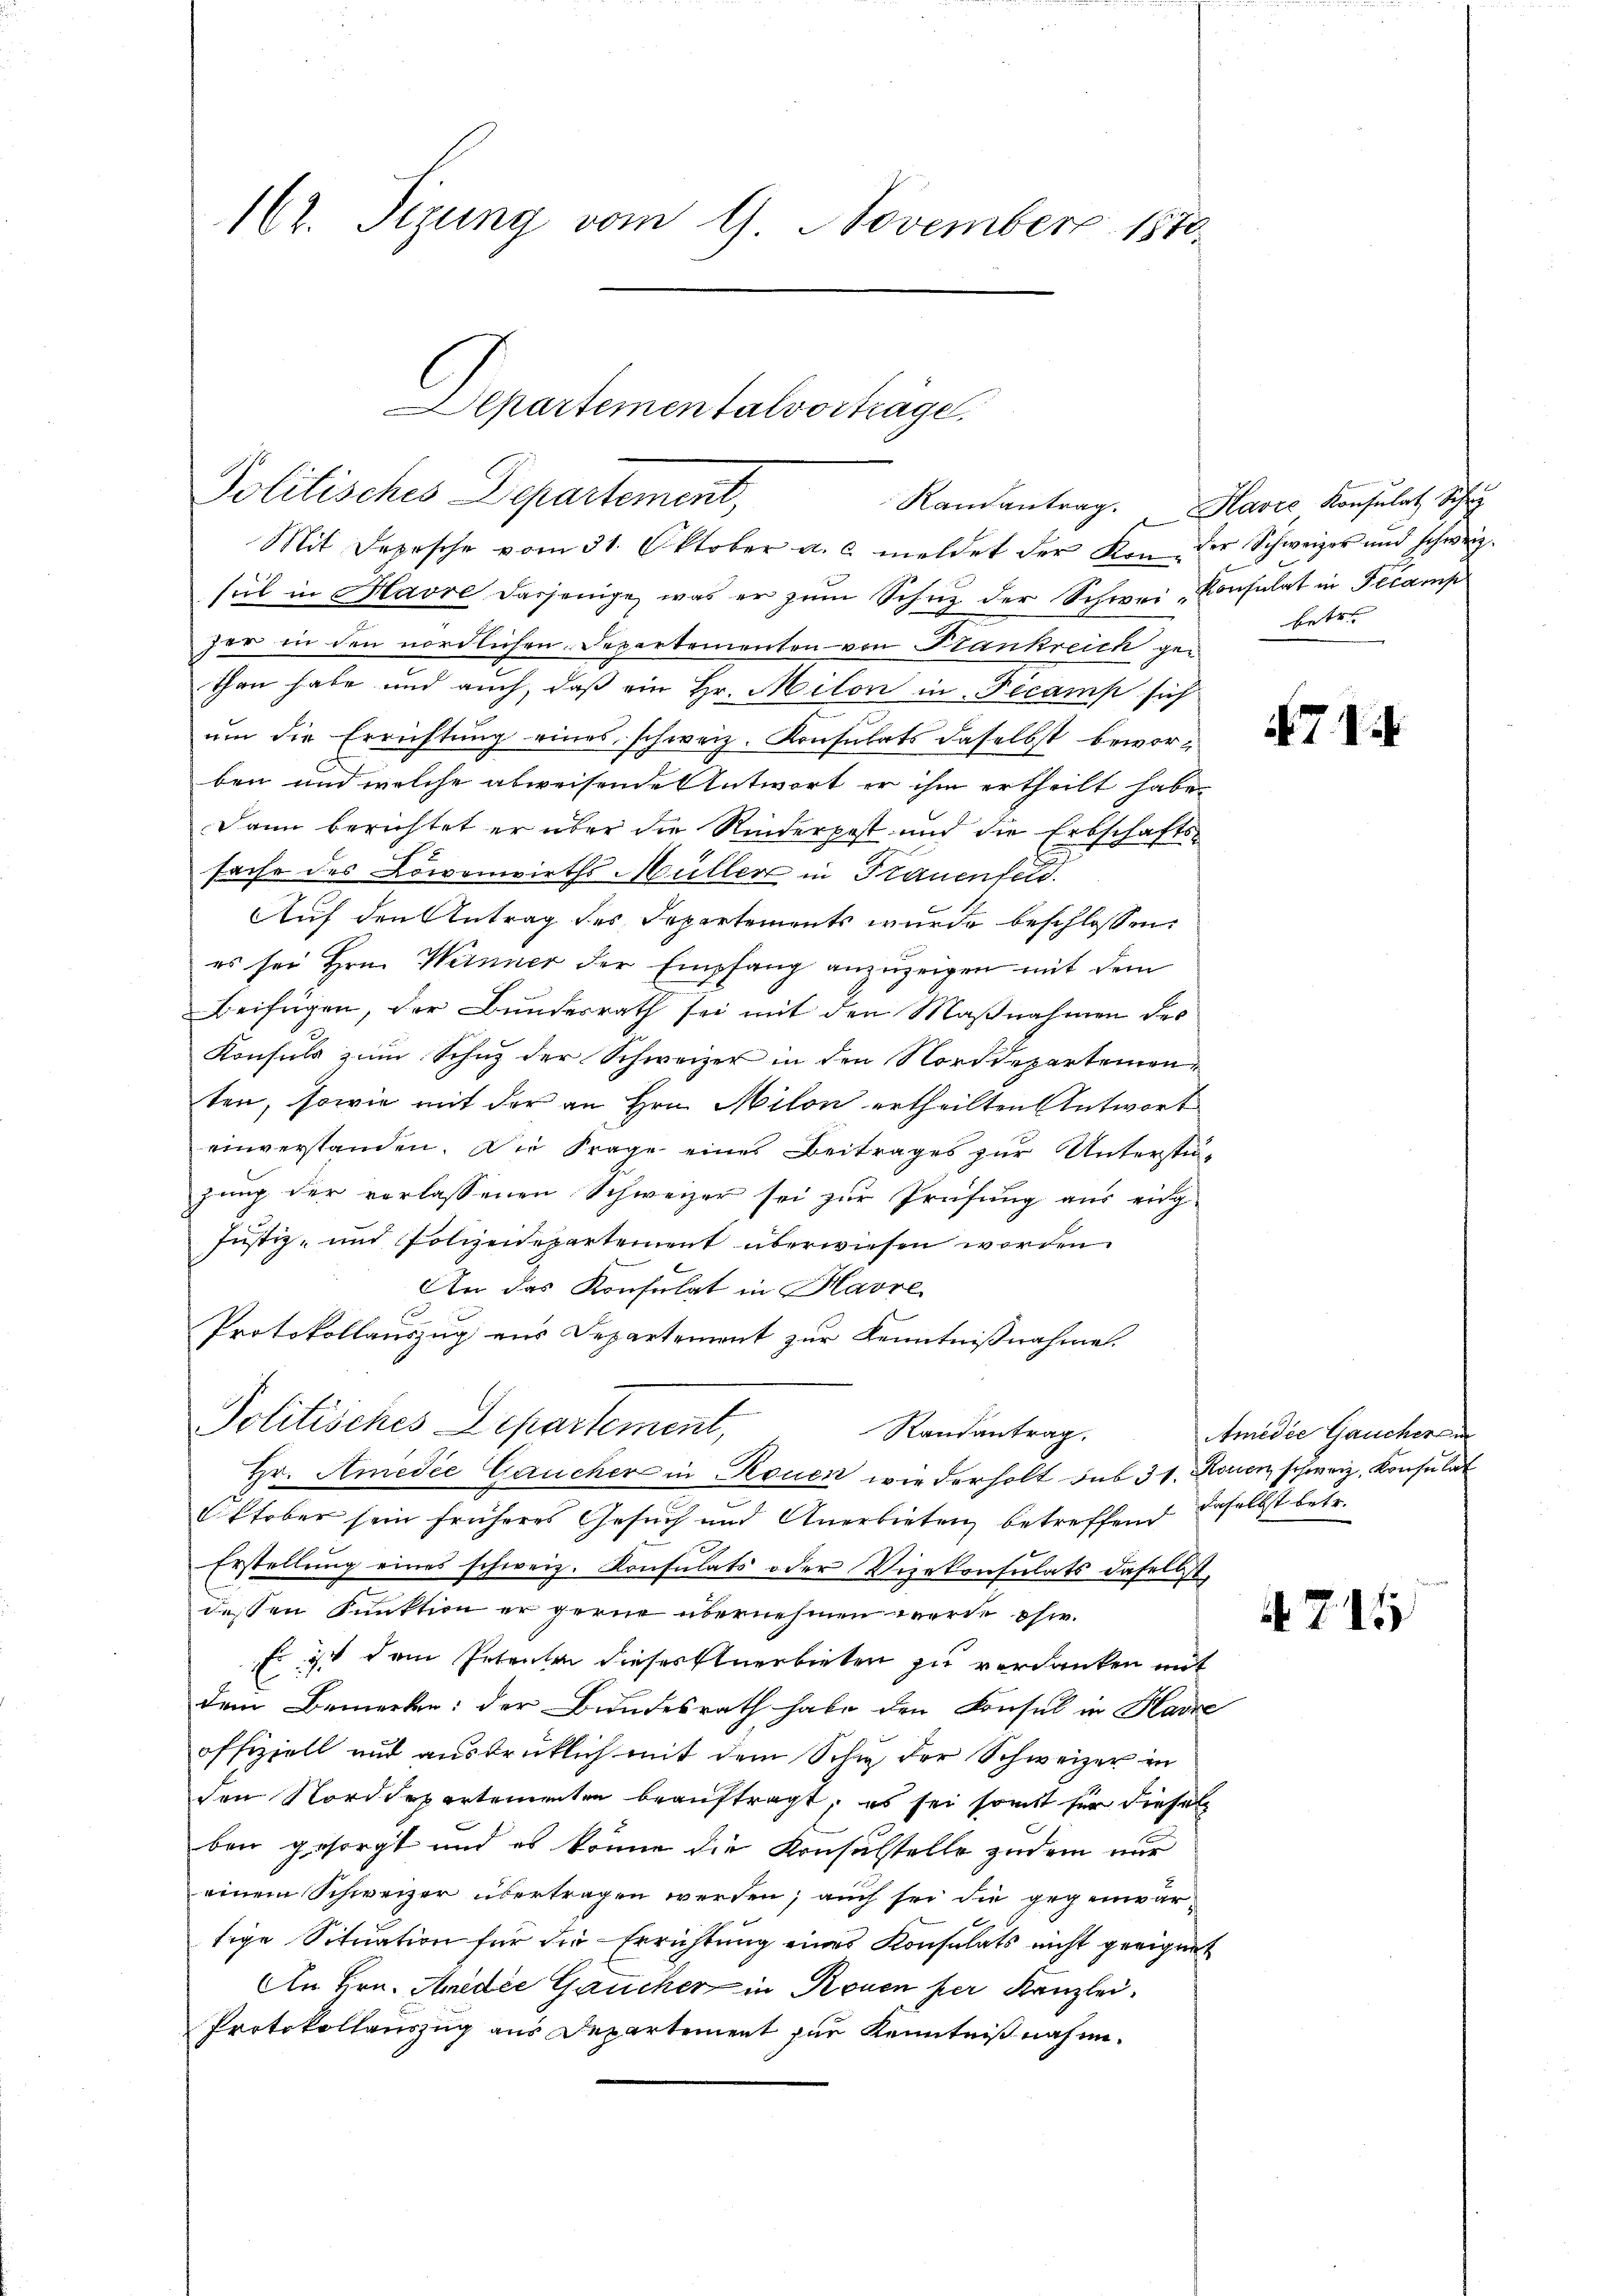
162. Sizung vom 9. November 1870.

Kamantrag. Havić Konsulat Schr
Mit Depesche vom 31. Oktober a. c. meldet der von der Schweizer und schweiz.
sul in Havre dasjenige, was er zŭm Schuz der Schwei-Consulat in Decamp
zer in den nördlichen Departementen von Stankreich gethen habe und auch, daß ein Hr. Milon in Decamp sich
um die Errichtung eines schweiz. Konsulats daselbst beworben und welche abweisende Antwort er ihm ertheilt habe.
Dann berichtet er über die Rinderpost und die Erbschafts-
sache des Löwenwirths Müller in Frauenfeld
Auf den Antrag des Departements wurde beschlossen:
es sei Hrn. Weinner der Empfang anzuzeigen mit dem
Beifügen, der Bŭndesrath sei mit den Maβnahmen des
Konsuls zum Schuz der Schweizer in den Norddepartementen, sowie mit der an Hrn. Milon ertheilten Antwort
einverstanden. Die Frage eines Beitrages zur Unterstüzung der verlassenen Schweizer sei zur Prüfung aus eing¬
Justiz- und Polizeidepartement überwiesen worden.
An das Konsulat in Havre
Protokollauszug aus Departement zur Kenntnißnahme.
Politisches Departement,
Randantrag.
Hr. Amedie Gaucher in Rouen wiederholt sub 31. Morien schweiz. Konsulat
Oktober sein früheres Gesuch und Anerbieten, betreffend daselbst betr.
Erstellŭng eines schweiz. Konsulats oder Vierkonsulats daselbst,
dessen Funktion er gerne übernehmen werde eher¬
Es ist dem Petenten diesertnerbieten zu verdanken mit
dem Bemerken: der Bundesrath habe den Konsul in Harze
offiziell und ausdrücklich mit dem Schu der Schweizer in
den Norddepartementen beauftragt, es sei sonst für diesel
ben gesorgt und es könne die Konsulstelle zudem nur
einem Schweizer übertragen werden; auch sei die gegenwär
tige Situation für die Errichtung eines Konsulats nicht geeignet
An Hrn. Anedie Gaucher in Rouen per Kanzlei.
Protokollauszug aus Departement für Kenntnißnahme¬

Departementalvorträge,
Politisches Departement,

betre

7

Amidie Gaucheran

715